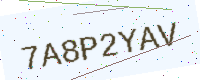
Text: 7A8P2YAV